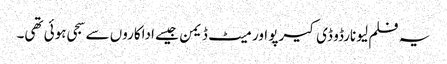
یہ فلم لیونارڈو ڈی کیرپو اور میٹ ڈیمن جیسے اداکاروں سے سجی ہوئی تھی۔